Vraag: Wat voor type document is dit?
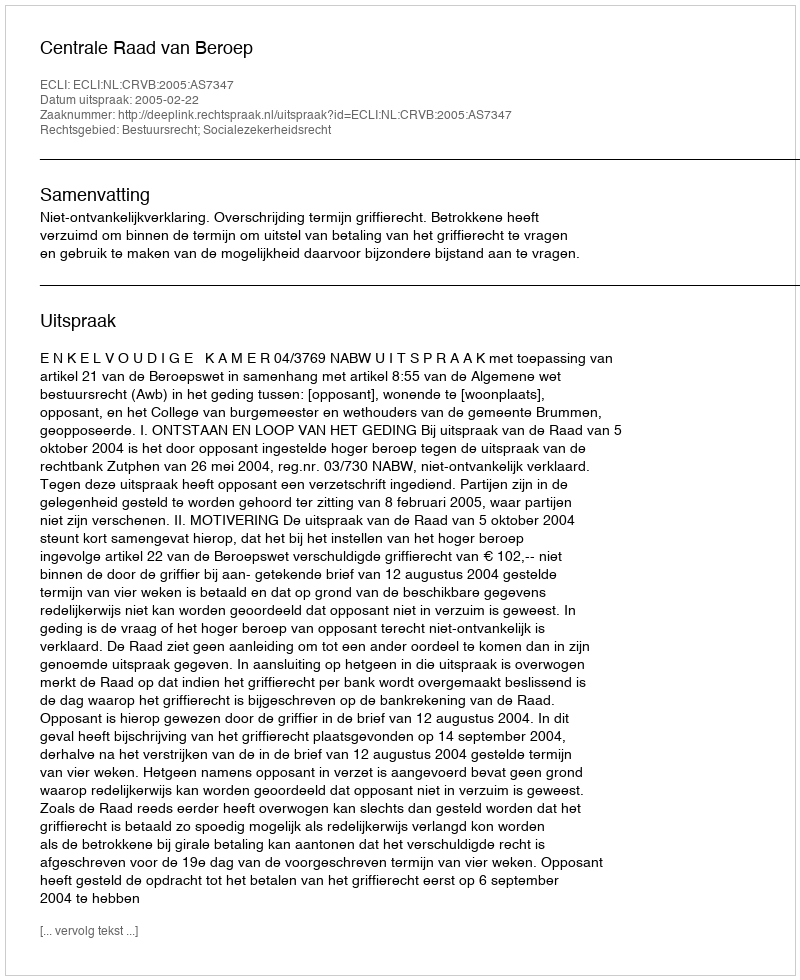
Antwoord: Uitspraak